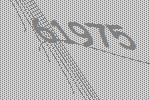
61975